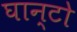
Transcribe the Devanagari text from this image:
घान्टो